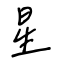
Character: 星